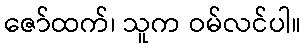
ဇော်ထက်၊ သူက ဝမ်လင်ပါ။